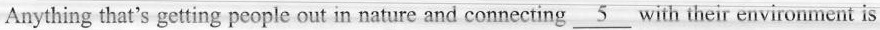
Anything that's getting people out in nature and connecting \underline{5} with their environment is